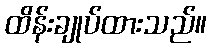
ထိန်းချုပ်ထားသည်။